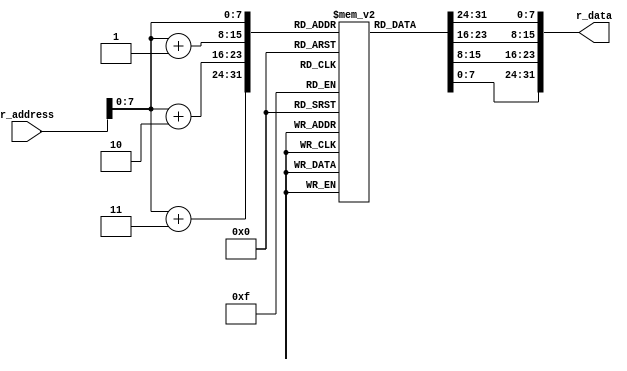
`timescale 1ns / 1ps
//////////////////////////////////////////////////////////////////////////////////
// Company: 
// Engineer: 
// 
// Design Name: 
// Module Name: INST_MEM
// Project Name: 
// Target Devices: 
// Tool Versions: 
// Description: 
// 
// Dependencies: 
// 
// Revision:
// Revision 0.01 - File Created
// Additional Comments:
// 
//////////////////////////////////////////////////////////////////////////////////


(* keep_hierarchy = "yes" *) module INST_MEM(r_address, r_data);
    input  [31:0] r_address;
    output [31:0] r_data;
    reg [7:0] inst_mem [255:0];

    integer i;
    initial begin
		  for (i = 32; i <= 255; i = i + 1) begin
				inst_mem[i] <= 8'b0;
          end
          
          //MUL
          {inst_mem[0],  inst_mem[1],  inst_mem[2],  inst_mem[3]}    <= 32'b100011_11111_00001_0000000000000001;   //  0 : lw  $1, 1(M)     : $1 = M[1] (=  4)
          {inst_mem[4],  inst_mem[5],  inst_mem[6],  inst_mem[7]}    <= 32'b100011_11111_00010_0000000000000010;   //  4 : lw  $2, 2(M)     : $2 = M[2] (= 19)
          {inst_mem[8], inst_mem[9], inst_mem[10], inst_mem[11]}   <= 32'b000000_00001_00010_00011_00000_100001; // 12 : mul $3, $1, S2
          {inst_mem[12], inst_mem[13], inst_mem[14], inst_mem[15]}   <= 32'b101011_11111_00011_0000000000000011;   // 16 : sw  $3, 3(M)
          
          //ADDver
          //{inst_mem[0],  inst_mem[1],  inst_mem[2],  inst_mem[3]}    <= 32'b100011_11111_00001_0000000000000001;   //  0 : lw  $1, 1(M)     : $1 = M[1] (=  4)
		  //{inst_mem[4],  inst_mem[5],  inst_mem[6],  inst_mem[7]}    <= 32'b100011_11111_00010_0000000000000010;   //  4 : lw  $2, 2(M)     : $2 = M[2] (= 19)
		  //{inst_mem[8],  inst_mem[9],  inst_mem[10], inst_mem[11]}   <= 32'b100011_11111_00011_0000000000000011;   //  8 : lw  $3, 3(M)     : $3 = M[3] (=  0)
		  //{inst_mem[12], inst_mem[13], inst_mem[14], inst_mem[15]}   <= 32'b100011_11111_00100_0000000000000100;   // 12 : lw  $4, 4(M)     : $4 = M[4] (=  1)
		  //{inst_mem[16], inst_mem[17], inst_mem[18], inst_mem[19]}   <= 32'b000000_00010_00100_00010_00000_100010; // 16 : sub $2, $2, $4   : $2 -= $4
		  //{inst_mem[20], inst_mem[21], inst_mem[22], inst_mem[23]}   <= 32'b000000_00011_00001_00011_00000_100000; // 20 : add $3, $3, $1   : $3 += $1
		  //{inst_mem[24], inst_mem[25], inst_mem[26], inst_mem[27]}   <= 32'b000100_00010_11111_0000000000000001;   // 24 : beq $2, M, 1     : if M == $2 then PC = 28 + 4 else PC = 28
		  //{inst_mem[28], inst_mem[29], inst_mem[30], inst_mem[31]}   <= 32'b000010_00000000000000000000000100;     // 28 : jump 4           : PC = 16
		  //{inst_mem[32], inst_mem[33], inst_mem[34], inst_mem[35]}  <=  32'b101011_11111_00011_0000000000000101;   // 32 : sw  $3, 5(M)     : M[5] = $3
			
          
          
													 // PC : Instruction @@ : Meaning
		  //{inst_mem[0],  inst_mem[1],  inst_mem[2],  inst_mem[3]}    <= 32'b100011_11111_00001_0000000000000001;   //  0 : lw  $1, 1(M)     : $1 = M[1] (=  1)
		  //{inst_mem[4],  inst_mem[5],  inst_mem[6],  inst_mem[7]}    <= 32'b100011_11111_00010_0000000000000010;   //  4 : lw  $2, 2(M)     : $2 = M[2] (= 11)
		  //{inst_mem[8],  inst_mem[9],  inst_mem[10], inst_mem[11]}   <= 32'b100011_11111_00011_0000000000000011;   //  8 : lw  $3, 3(M)     : $3 = M[3] (=  0)
		  //{inst_mem[12], inst_mem[13], inst_mem[14], inst_mem[15]}   <= 32'b000000_00010_00001_00010_00000_100010; // 12 : sub $2, $2, $1   : $2 -= $1
		  //{inst_mem[16], inst_mem[17], inst_mem[18], inst_mem[19]}   <= 32'b000000_00011_00010_00011_00000_100000; // 16 : add $3, $3, $2   : $3 += $2
		  //{inst_mem[20], inst_mem[21], inst_mem[22], inst_mem[23]}   <= 32'b000100_00010_11111_0000000000000001;   // 20 : beq $2, M, 1     : if M == $2 then PC = 24 + 4 else PC = 24
		  //{inst_mem[24], inst_mem[25], inst_mem[26], inst_mem[27]}   <= 32'b000010_00000000000000000000000011;     // 24 : jump 3           : PC = 12
		  //{inst_mem[28], inst_mem[29], inst_mem[30], inst_mem[31]}   <= 32'b101011_11111_00011_0000000000000011;   // 28 : sw  $3, 3(M)     : M[3] = $3
													 // Result: M[3] = 10 + 9 + ... + 1 = 55 = 32'h37
    end

    assign r_data = {inst_mem[r_address], inst_mem[r_address+1], inst_mem[r_address+2], inst_mem[r_address+3]};
    
endmodule